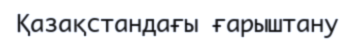
Қазақстандағы ғарыштану